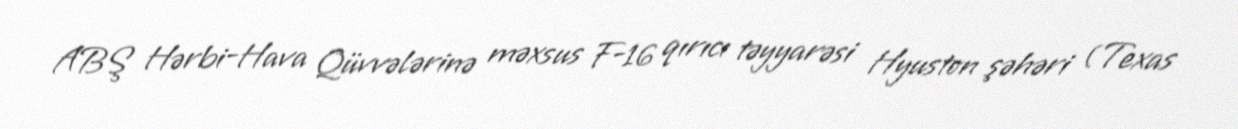
ABŞ Hərbi-Hava Qüvvələrinə məxsus F-16 qırıcı təyyarəsi Hyuston şəhəri (Texas